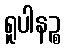
ရူပါနဉ္စ